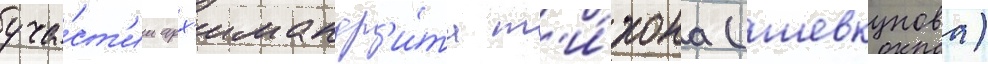
уча́ст'ии арх'имандр'и́та т'и́хона (шевкунова)